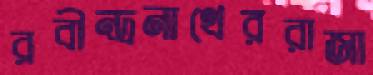
রবীন্দ্রনাথেররাজা